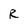
Character: R